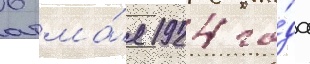
6 ма́я 1924 го́да